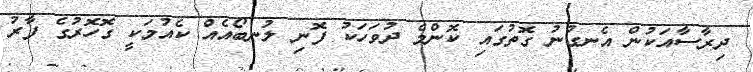
ދިރާސާއަކުން އެނގުނު ގޮތުގައި ކޮންމެ ދުވަހަކު ފޮނި ލުނބޯއެއް ކެއުމަކީ ގޮހޮރުގެ ފާރު